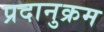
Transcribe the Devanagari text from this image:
प्रदानुक्रम